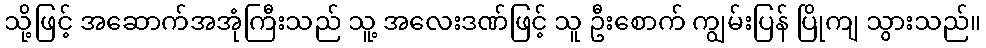
သို့ဖြင့် အဆောက်အအုံကြီးသည် သူ့ အလေးဒဏ်ဖြင့် သူ ဦးစောက် ကျွမ်းပြန် ပြိုကျ သွားသည်။